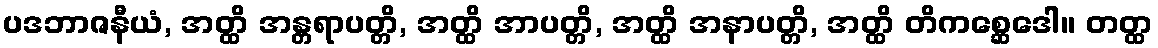
ပဒဘာဇနီယံ, အတ္ထိ အန္တရာပတ္တိ, အတ္ထိ အာပတ္တိ, အတ္ထိ အနာပတ္တိ, အတ္ထိ တိကစ္ဆေဒေါ။ တတ္ထ